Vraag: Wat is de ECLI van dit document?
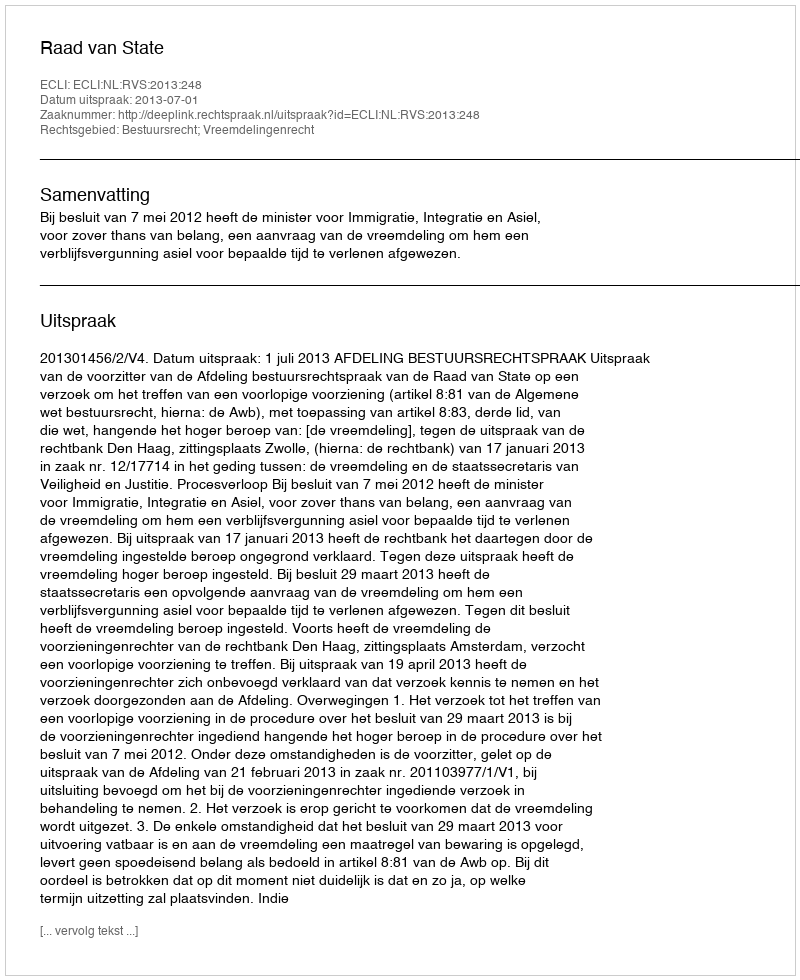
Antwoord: ECLI:NL:RVS:2013:248